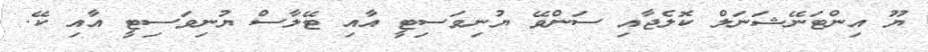
ޔޫ އިންޓަނޭޝަނަލް ކޮލެޖާއި ސަންވޭ ޔުނިވަސިޓީ އާއި ޓޭލާސް ޔުނިވަސިޓީ އާއި ކޭ.